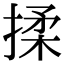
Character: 揉